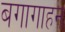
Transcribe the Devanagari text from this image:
बगागाहन